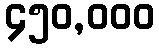
၄၅၀,၀၀၀